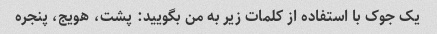
یک جوک با استفاده از کلمات زیر به من بگویید: پشت، هویج، پنجره